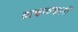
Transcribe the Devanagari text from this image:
वाचककारों